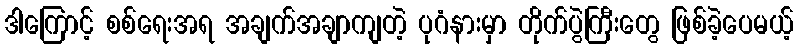
ဒါကြောင့် စစ်ရေးအရ အချက်အချာကျတဲ့ ပုဂံနားမှာ တိုက်ပွဲကြီးတွေ ဖြစ်ခဲ့ပေမယ့်